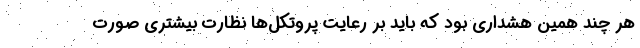
هر چند همین هشداری بود که باید بر رعایت پروتکل‌ها نظارت بیشتری صورت